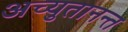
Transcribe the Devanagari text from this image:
अच्युतानन्त